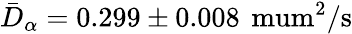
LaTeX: \bar{D}_{\alpha}=0.299\pm 0.008\, \mathrm{{\ mum^{2}/s}}